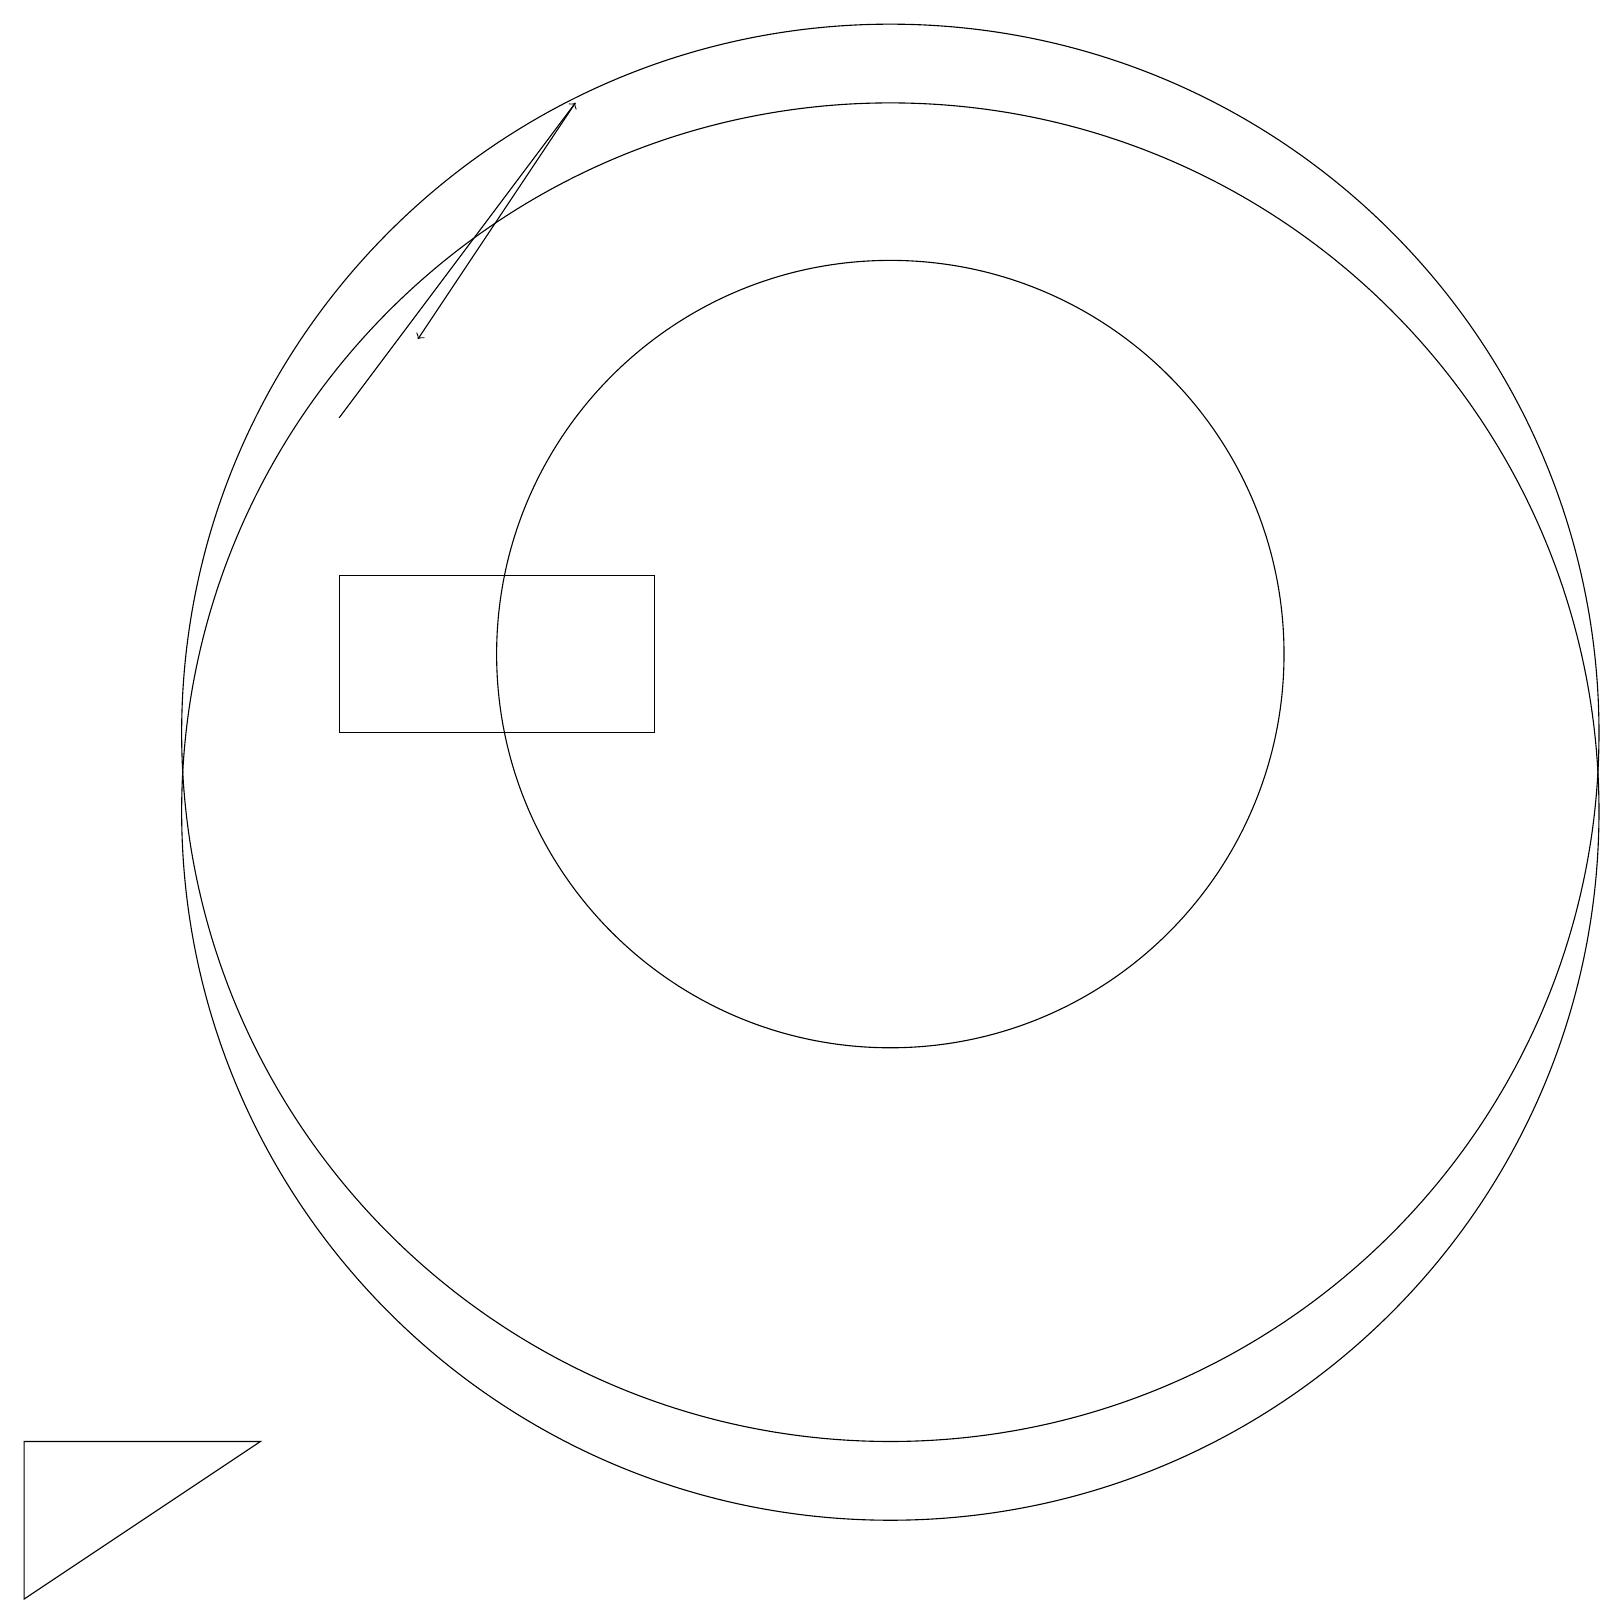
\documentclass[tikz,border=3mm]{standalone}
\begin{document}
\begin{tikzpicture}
\draw (11,12) circle (5);
\draw (11,11) circle (9);
\draw[->] (4,15) -- (7,19);
\draw[->] (7,19) -- (5,16);
\draw (4,13) rectangle (8,11);
\draw (0,2) -- (3,2) -- (0,0) -- cycle;
\draw (11,10) circle (9);
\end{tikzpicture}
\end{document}